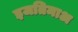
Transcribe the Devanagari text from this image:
इजतिमाअ